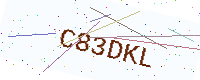
Text: C83DKL